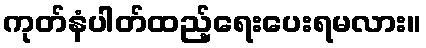
ကုတ်နံပါတ်ထည့်ရေးပေးရမလား။